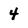
Character: 4